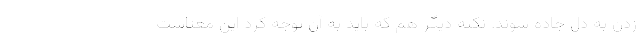
زدن به دل جاده شوند. نکته دیگر هم که باید به آن توجه کرد این معناست